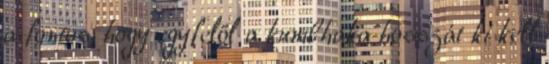
a fontos, hogy egyfelől a kumbhaka hosszát ki kell